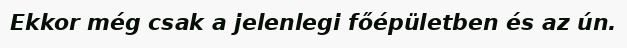
Ekkor még csak a jelenlegi főépületben és az ún.